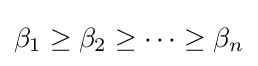
\beta _{1}\geq \beta _{2}\geq \cdots \geq \beta _{n}